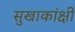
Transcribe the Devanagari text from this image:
सुखाकांक्षी